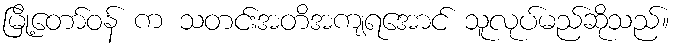
မြို့တော်ဝန် က သတင်းအတိအကျရအောင် သူလုပ်မည်ဆိုသည်။